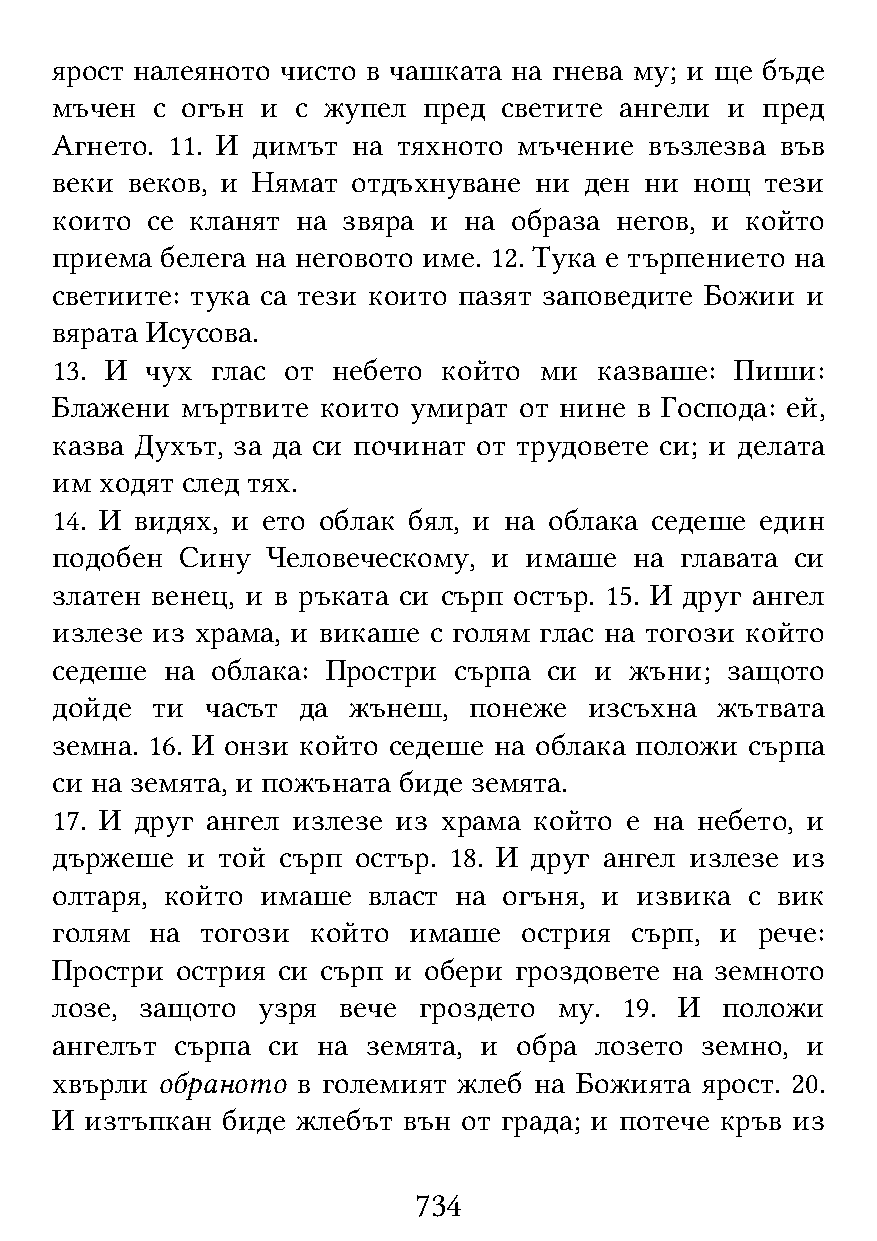
ярост налеяното чисто в чашката на гнева му; и ще бъде
 мъчен  с огън и  с жупел пред светите ангели и пред
 Агнето. 11. И димът на тяхното мъчение  възлезва във
 веки веков, и Нямат отдъхнуване ни  ден ни нощ  тези
 които  се кланят на звяра и на образа негов, и който
 приема  белега на неговото име. 12. Тука е търпението на
 светиите: тука са тези които пазят заповедите Божии и
 вярата Исусова.
 13. И  чух глас от небето който  ми  казваше: Пиши:
 Блажени  мъртвите които умират от нине в Господа: ей,
 казва Духът, за да си починат от трудовете си; и делата
 им  ходят след тях.
 14. И видях, и ето облак бял, и на облака седеше един
 подобен  Сину  Человеческому, и имаше  на главата си
 златен венец, и в ръката си сърп остър. 15. И друг ангел
 излезе из храма, и викаше с голям глас на тогози който
 седеше  на облака: Простри сърпа си и  жъни; защото
 дойде  ти  часът да жънеш,  понеже  изсъхна жътвата
 земна. 16. И онзи който седеше на облака положи сърпа
 си на земята, и пожъната биде земята.
 17. И друг ангел излезе из храма който е на небето, и
 държеше  и той сърп остър. 18. И друг ангел излезе из
 олтаря, който имаше  власт на огъня, и извика  с вик
 голям  на тогози  който имаше  острия  сърп, и рече:
 Простри  острия си сърп и обери гроздовете на земното
 лозе, защото  узря вече  гроздето му. 19. И  положи
 ангелът  сърпа си на земята, и обра лозето земно, и
 хвърли обраното  в големият жлеб на Божията ярост. 20.
 И  изтъпкан биде жлебът вън от града; и потече кръв из
 734